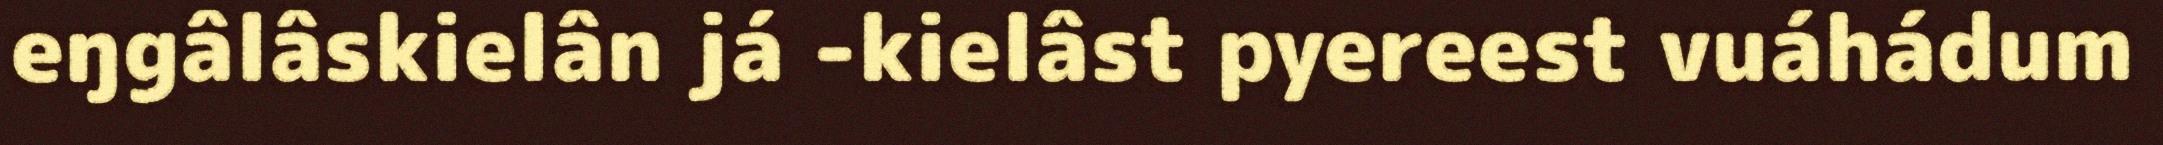
eŋgâlâskielân já -kielâst pyereest vuáhádum